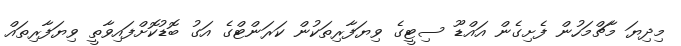
މިދިޔަ މާޗްމަހުން ފެށިގެން އައްޑޫ ސިޓީގެ ވިޔަފާރިތަކުން ކަރަންޓްގެ އަގު ބޮޑުކޮށްފައިވާތީ ވިޔަފާރިތައް